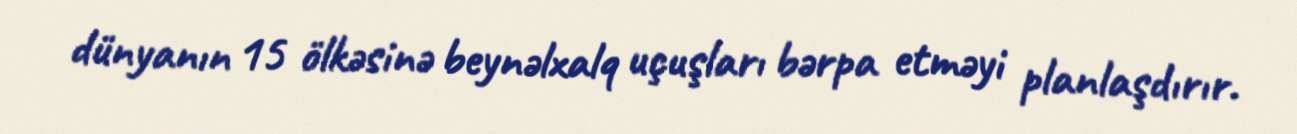
dünyanın 15 ölkəsinə beynəlxalq uçuşları bərpa etməyi planlaşdırır.